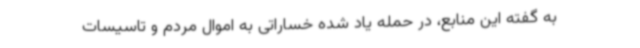
به گفته این منابع، در حمله یاد شده خساراتی به اموال مردم و تاسیسات